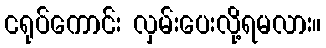
ငရုပ်ကောင်း လှမ်းပေးလို့ရမလား။